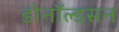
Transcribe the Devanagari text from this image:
डोनॉल्डसन